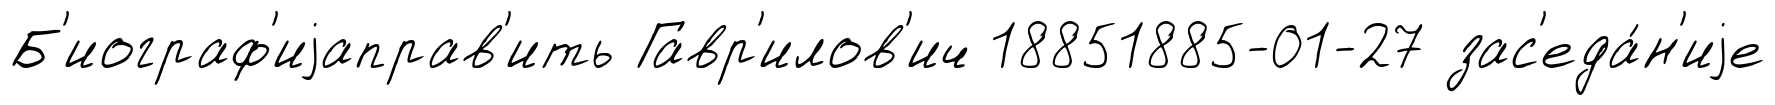
Б'иограф'иjаправ'ить Гавр'илов'ич 18851885-01-27 зас'еда́н'иjе